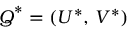
\boldsymbol { Q } ^ { * } = \left( U ^ { * } , \, V ^ { * } \right)